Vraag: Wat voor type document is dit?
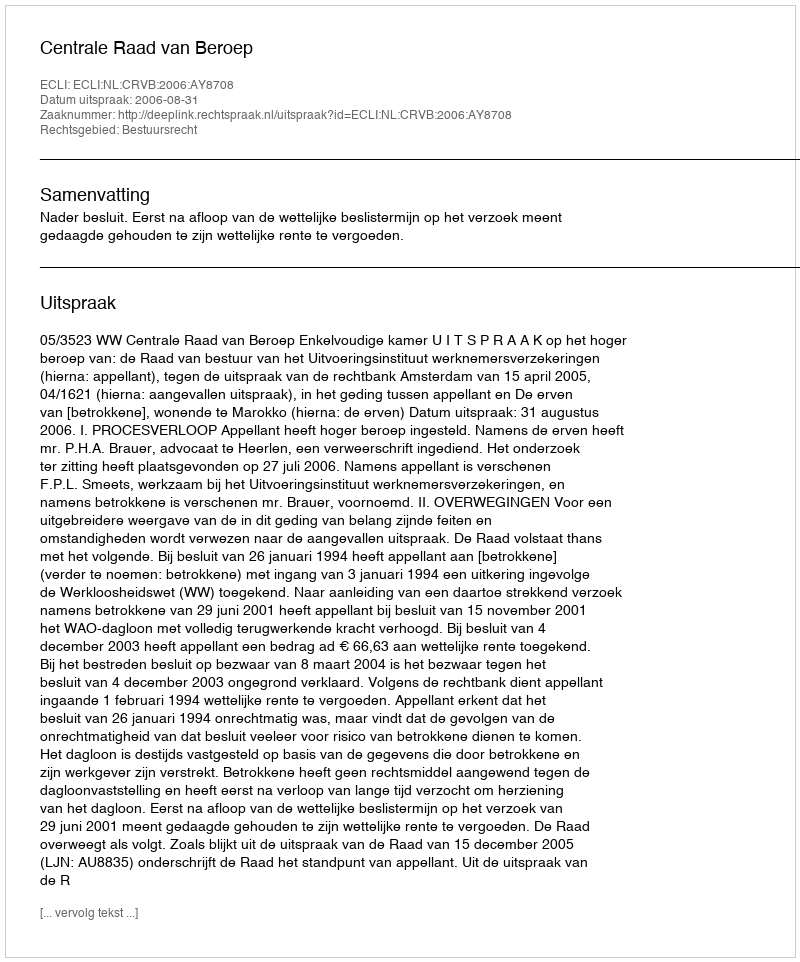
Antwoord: Uitspraak